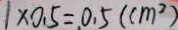
1 \times 0 . 5 = 0 . 5 ( c m ^ { 2 } )